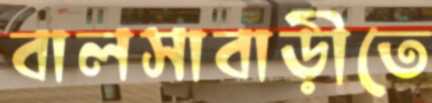
বালসাবাড়ীতে